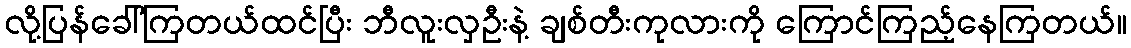
လို့ပြန်ခေါ်ကြတယ်ထင်ပြီး ဘီလူးလှဦးနဲ့ ချစ်တီးကုလားကို ကြောင်ကြည့်နေကြတယ်။